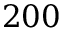
2 0 0